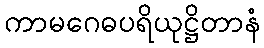
ကာမဂေဓပရိယုဋ္ဌိတာနံ